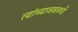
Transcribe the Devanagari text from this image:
त्यांच्याजवळची